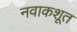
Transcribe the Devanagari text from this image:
नवाकशूत